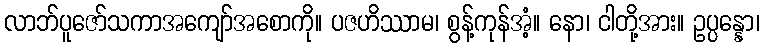
လာဘ်ပူဇော်သကာအကျော်အစောကို။ ပဇဟိဿာမ၊ စွန့်ကုန်အံ့။ နော၊ ငါတို့အား။ ဥပ္ပန္နော၊